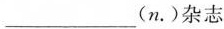
___(n.)杂志